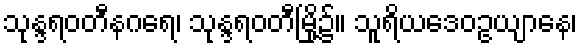
သုန္ဒရဝတီနဂရေ၊ သုန္ဒရဝတီမြို့၌။ သူရိယဒေဝဥယျာနေ၊